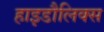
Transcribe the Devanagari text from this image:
हाइडौलिक्स